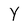
Character: Y